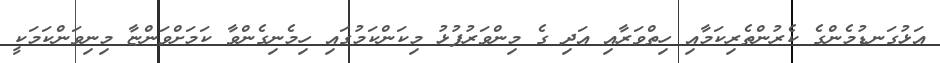
އަޅުގަނޑުމެންގެ ކެރުންތެރިކަމާއި ހިތްވަރާއި އަދި ގެ މިންވަރުފުޅު މިކަންކަމުގައި ހިމެނިގެންވާ ކަމަށްވަންޏާ މިނިވަންކަމަކީ